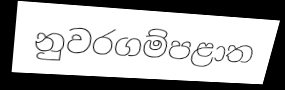
නුවරගම්පළාත